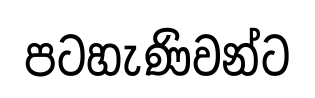
පටහැණිවන්ට